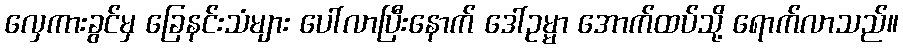
လှေကားခွင်မှ ခြေနင်းသံများ ပေါ်လာပြီးနောက် ဒေါ်ဥမ္မာ အောက်ထပ်သို့ ရောက်လာသည်။